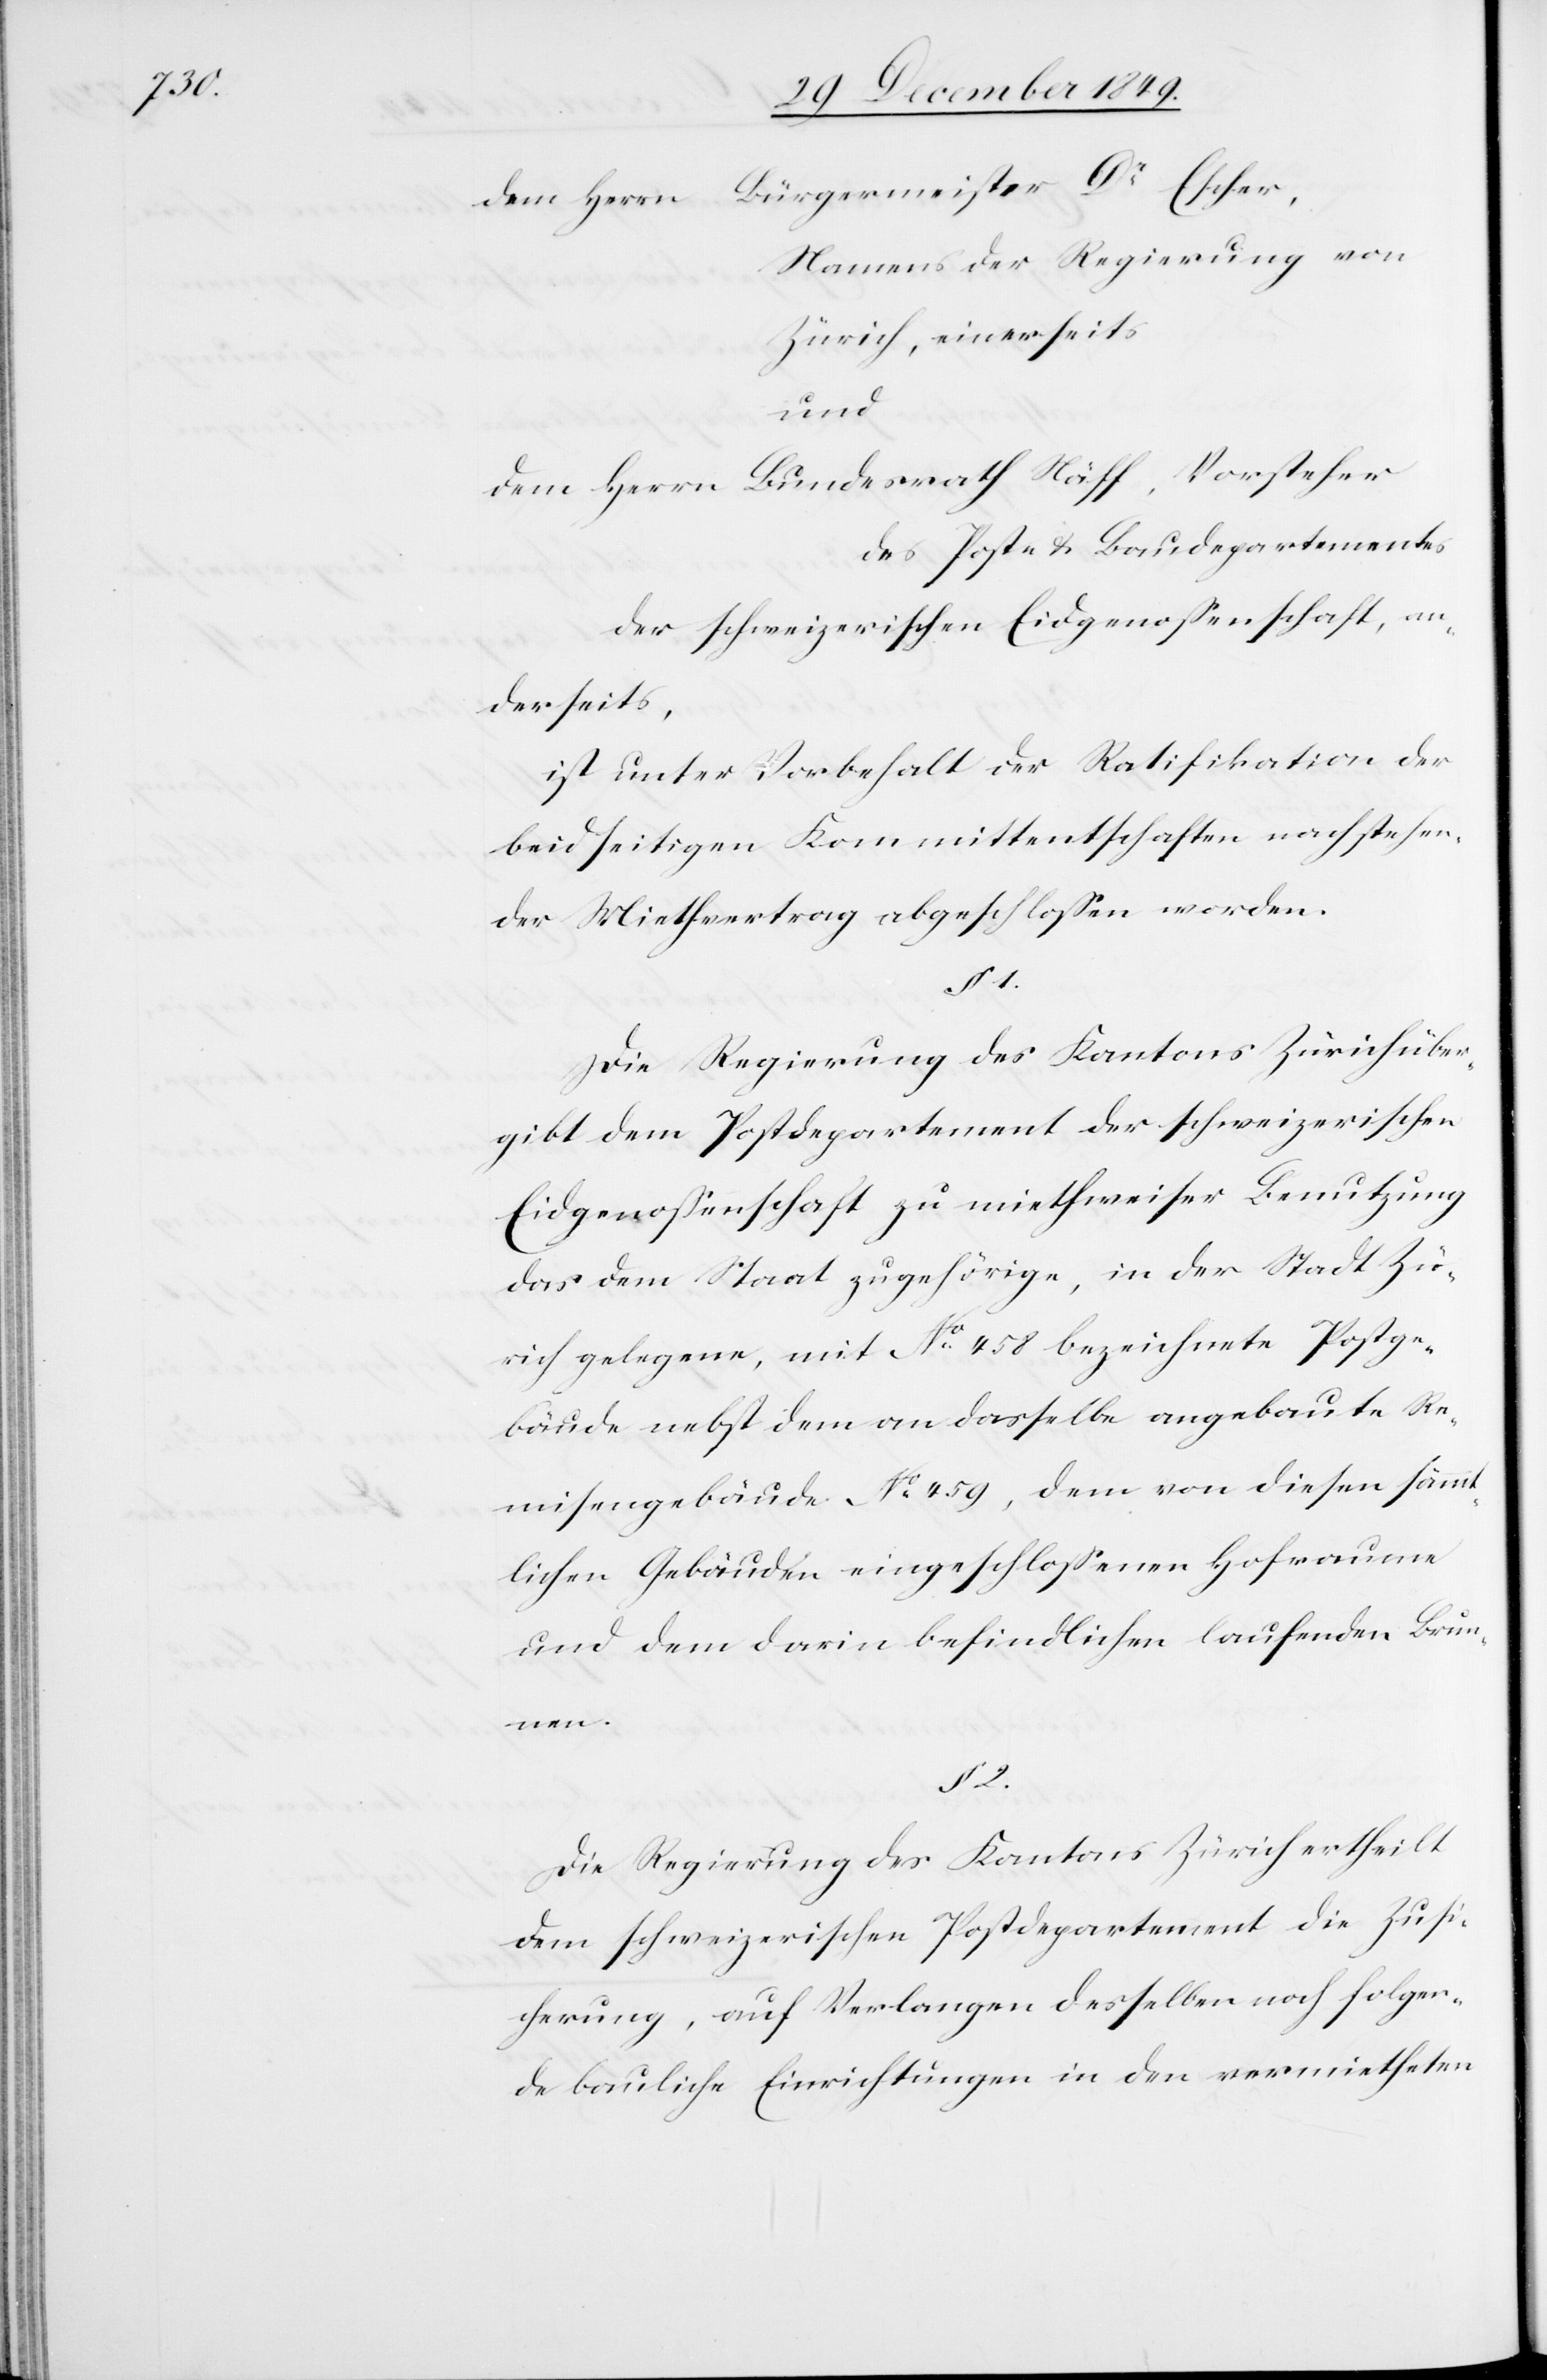
§ 1.

Bürgermeister Dr Escher,
dem Herrn
Namens der Regierung von
Zürich, einerseits
und
dem Herrn Bundesrath Näff, Vorsteher
des Post- u. Baudepartementes
der schweizerischen Eidgenossenschaft, an¬
derseits,
ist unter Vorbehalt der Ratifikation der
beidseitigen Kommittentschaften nachstehen¬
der Miethvertrag abgeschloßen worden.
Die Regierung des Kantons Zürich über¬
gibt dem Postdepartement der schweizerischen
Eidgenossenschaft zur miethweiser Benutzung
das dem Staat zugehörige, in der Stadt Zü¬
rich gelegene, mit N° 458 bezeichnete Postge¬
bäude nebst dem an dasselbe angebaute Re¬
misengebäude N° 459, dem von diesem sämm¬
tlichen Gebäuden eingeschloßenen Hofraume
und dem darin befindlichen laufenden Brun¬
2.
Die Regierung des Kantons Zürich ertheilt
dem schweizerischen Postdepartement die Zusi¬
cherung, auf Verlangen desselben nach folgen¬
de bauliche Einrichtungen in den vermietheten